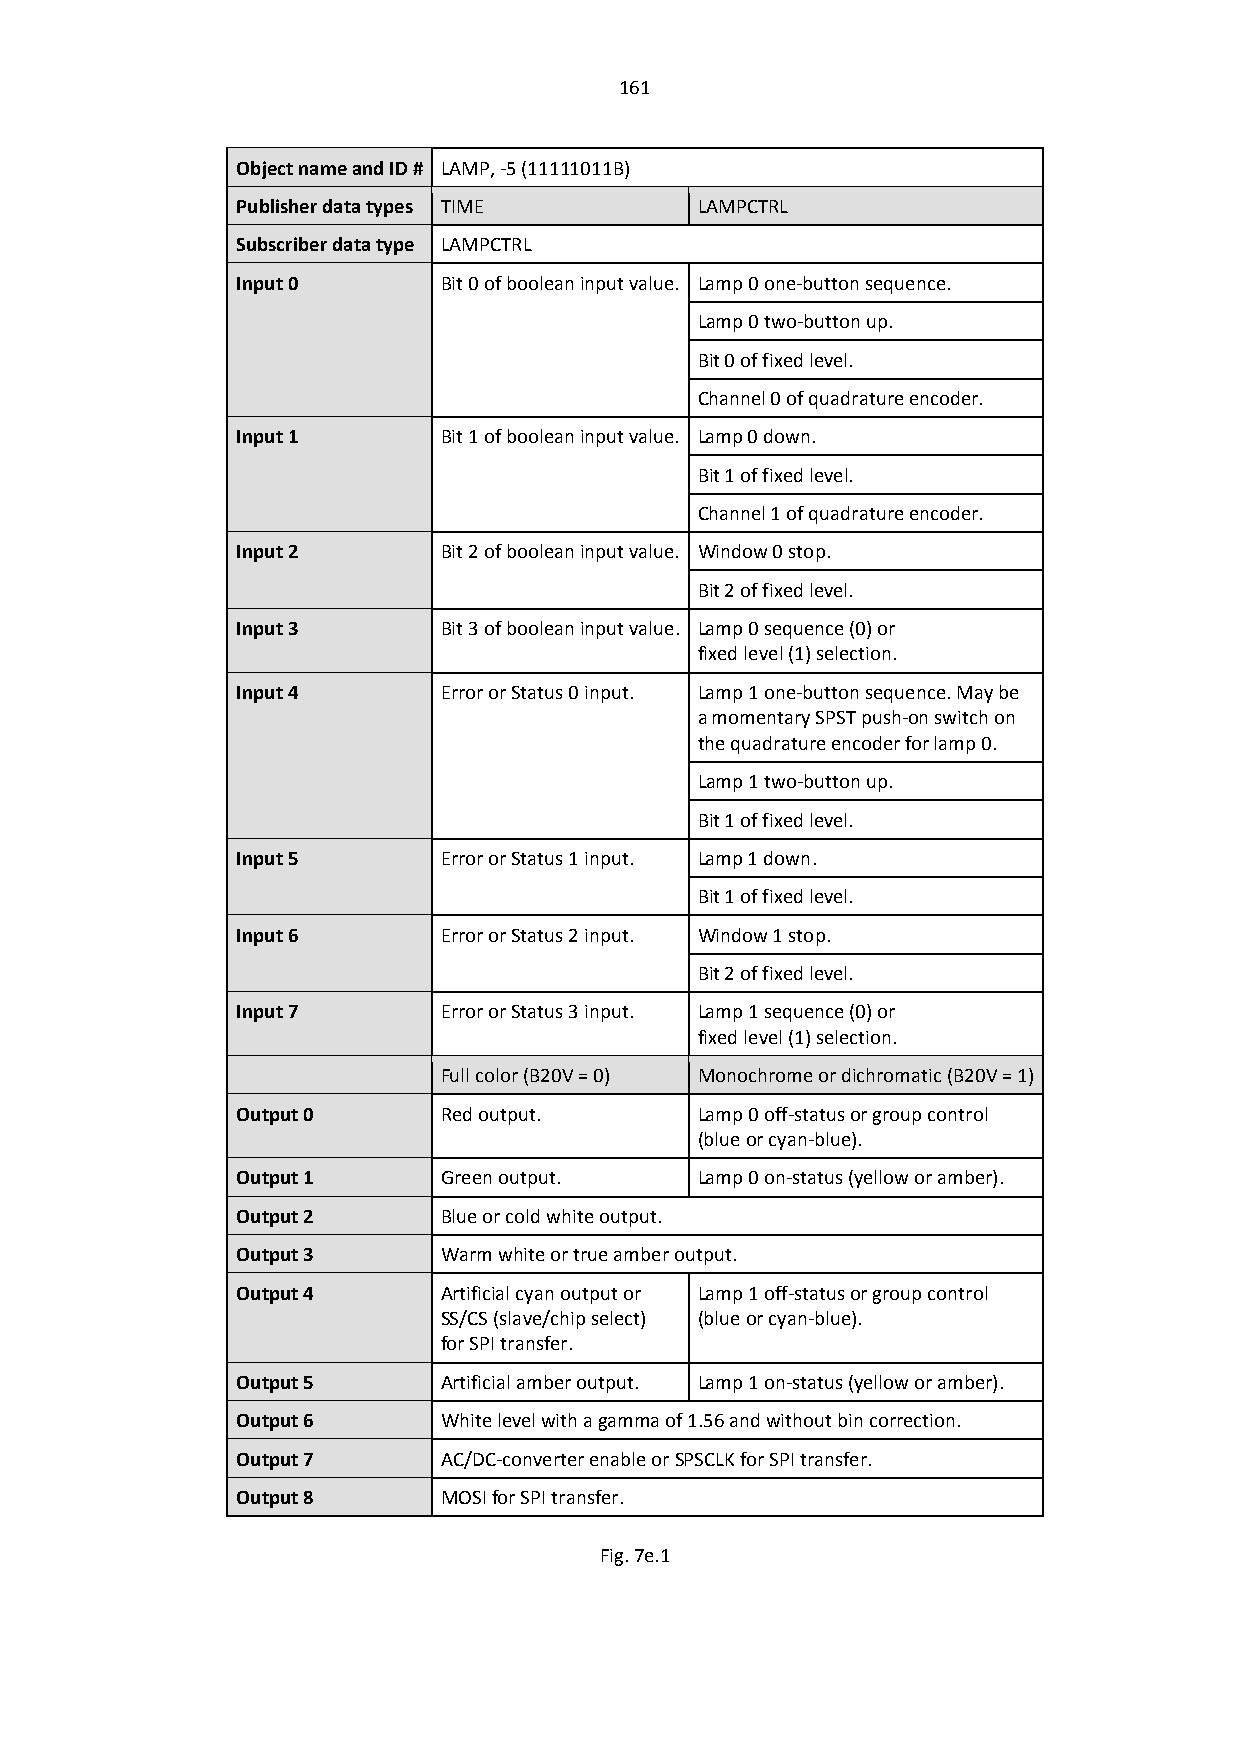
161
 Object name and ID # LAMP, -5 (11111011B)
 Publisher data types TIME     LAMPCTRL
 Subscriber data type LAMPCTRL
 Input 0      Bit 0 of boolean input value. Lamp 0 one-button sequence.
 Lamp 0 two-button up.
 Bit 0 of fixed level.
 Channel 0 of quadrature encoder.
 Input 1      Bit 1 of boolean input value. Lamp 0 down.
 Bit 1 of fixed level.
 Channel 1 of quadrature encoder.
 Input 2      Bit 2 of boolean input value. Window 0 stop.
 Bit 2 of fixed level.
 Input 3      Bit 3 of boolean input value. Lamp 0 sequence (0) or
 fixed level (1) selection.
 Input 4      Error or Status 0 input. Lamp 1 one-button sequence. May be
 a momentary SPST push-on switch on
 the quadrature encoder for lamp 0.
 Lamp 1 two-button up.
 Bit 1 of fixed level.
 Input 5      Error or Status 1 input. Lamp 1 down.
 Bit 1 of fixed level.
 Input 6      Error or Status 2 input. Window 1 stop.
 Bit 2 of fixed level.
 Input 7      Error or Status 3 input. Lamp 1 sequence (0) or
 fixed level (1) selection.
 Full color (B20V = 0) Monochrome or dichromatic (B20V = 1)
 Output 0     Red output.      Lamp 0 off-status or group control
 (blue or cyan-blue).
 Output 1     Green output.    Lamp 0 on-status (yellow or amber).
 Output 2     Blue or cold white output.
 Output 3     Warm white or true amber output.
 Output 4     Artificial cyan output or Lamp 1 off-status or group control
 SS/CS (slave/chip select) (blue or cyan-blue).
 for SPI transfer.
 Output 5     Artificial amber output. Lamp 1 on-status (yellow or amber).
 Output 6     White level with a gamma of 1.56 and without bin correction.
 Output 7     AC/DC-converter enable or SPSCLK for SPI transfer.
 Output 8     MOSI for SPI transfer.
 Fig. 7e.1